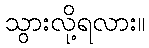
သွားလို့ရလား။